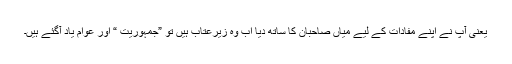
یعنی آپ نے اپنے مفادات کے لیے میاں صاحبان کا ساتھ دیا اب وہ زیرعتاب ہیں تو ”جمہوریت “ اور عوام یاد آگئے ہیں۔